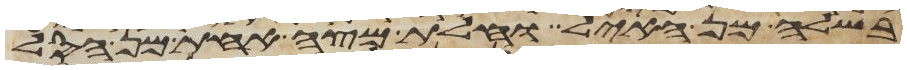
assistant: בשלה מן האיל וחלת מצה אחת מן הסל